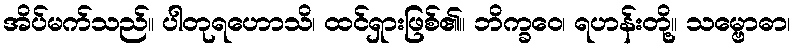
အိပ်မက်သည်။ ပါတုရဟောသိ၊ ထင်ရှားဖြစ်၏။ ဘိက္ခဝေ၊ ရဟန်းတို့။ သမ္ဗောဓာ၊